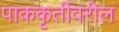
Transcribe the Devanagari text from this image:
पाककृतींवरील